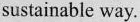
sustainable way.